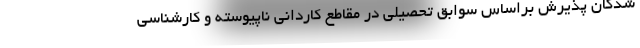
شدگان پذیرش براساس سوابق تحصیلی در مقاطع کاردانی ناپیوسته و کارشناسی